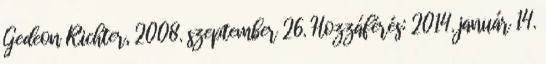
Gedeon Richter, 2008. szeptember 26. Hozzáférés: 2014. január 14.